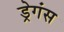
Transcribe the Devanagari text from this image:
ड्रेगंस